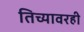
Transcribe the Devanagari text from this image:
तिच्यावरही